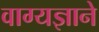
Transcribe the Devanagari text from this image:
वाग्यज्ञाने